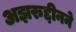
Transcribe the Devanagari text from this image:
अझरुद्दीनने